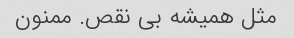
مثل همیشه بی نقص. ممنون